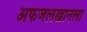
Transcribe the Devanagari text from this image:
अफजलखानला